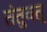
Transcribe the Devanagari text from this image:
तंतुवत्